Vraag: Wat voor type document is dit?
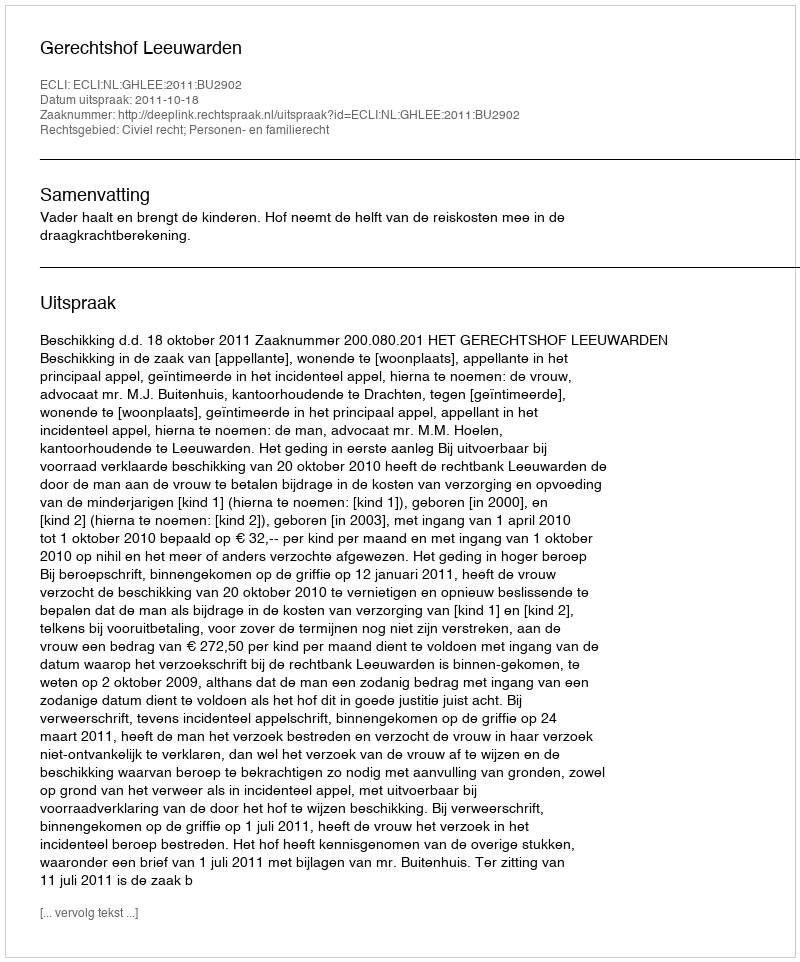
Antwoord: Uitspraak